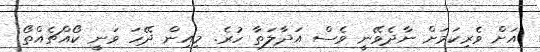
އަށް ވެރިކަމަށް ނާދެވޭނީ ވެސް އަދާލަތާ ހުރެ. މިއިން ދޭހަ ވަނީ ކޯއްޗެއްތޯ